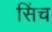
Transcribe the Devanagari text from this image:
सिंच